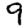
Digit: 9